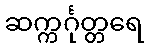
ဆက္ကင်္ဂုတ္တရေ